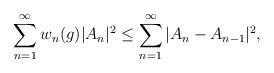
LaTeX: \begin{align*}{}\displaystyle\sum_{n=1}^{\infty} w_n(g)|A_n|^{2}&\leq \displaystyle\sum_{n=1}^{\infty}| A_n-A_{n-1}|^{2},\end{align*}